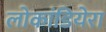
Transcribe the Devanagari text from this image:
लोकांडियेरा